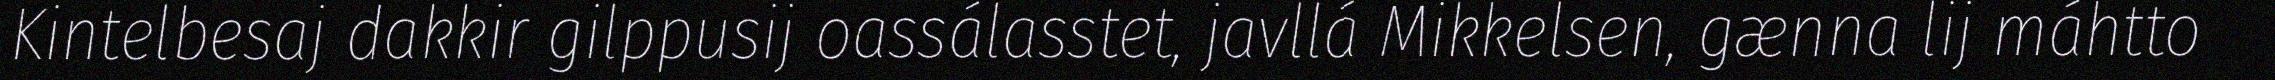
Kintelbesaj dakkir gilppusij oassálasstet, javllá Mikkelsen, gænna lij máhtto